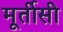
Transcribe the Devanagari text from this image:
मूर्तीसी